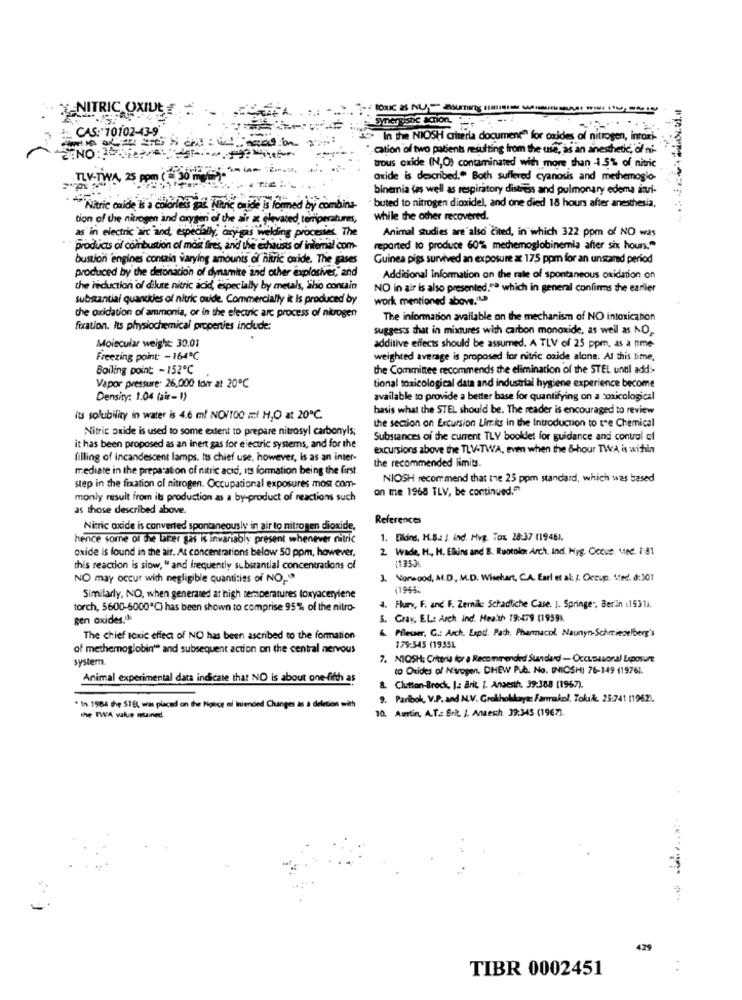
NITRIC OXIDE
CAS: 70102-43-9
Synergisbe acion.
C. In the NIOSH criteria document" for oxides of nitrogen, intaxi-
cation of two patients resulting from the use, as an anesthetic, of ni-
trous oxide (N,O) contaminated with more than 1.5% of, nitric
.TLV-TWA, 25 ppm ( SOGAR
oxide is described." Both suffered cyanosis and methemoglo-
binemia (as well as respiratory distress and pulmonary edema ini-
** Nitric oxide Is a colorless gas Finne Grid
tric oride is formed by combina-
buted to nitrogen dioxidel, and one died 18 hours after anesthesia,
tion of the nitrogen and oxygen of the air at elevated temperatures,
while the other recovered.
as in electric art and, especially, cry gas welding processes. The
Animal studies are'also cited, in which 322 ppm of NO was
products of combustion of most fires, and the exhausts of intemal com-
reported to produce 60% methemoglobinemia after six hours."
bustion engines contain varying amounts of nitric oxide. The gases
Guinea pigs survived an exposure at 175 ppm for an unstared period
produced by the detonation of dynamite and other explosives, and
Additional Information on the rate of spontaneous oxidation on
the reduction of dilute nitric acid, especially by metals, liho contain
NO in air is also presented."ª which in general confirms the earlier
substantial quandties of nitric oxide. Commercially it Is produced by
work mentioned above."La
the oxidation of ammonia, or in the electric arc process of nitrogen
The information available on the mechanism of NO intoxication
fixation. Its physiochemical properties include:
suggests that in mixtures with carbon monoxide, as well as NO ,.
Molecular weight: 30.01
additive effects should be assumed. A TLV of 25 ppm, as a time-
Freezing point -164℃
weighted average is proposed for nitric oxide alone. At this time,
Boiling point: - 152℃
the Committee recommends the elimination of the STEL until add-
Vapor pressure: 26,000 torr at 20℃
tional toxicological data and industrial hygiene experience become
Density: 1.04 (air-1)
available to provide a better base for quantifying on a toxicological
basis what the STEL should be. The reader is encouraged to review
its solubility in water is 4.6 ml NO/100 ml H,O at 20℃.
Nitric oxide is used to some extent to prepare nitrosyl carbonyls;
the section on Excursion Limits in the Introduction to the Chemical
Substances of the current TLY bookdet for guidance and conval cf
it has been proposed as an inert gas for electric systems, and for the
excursions above the TLV-TWA, even when the 8-hour TWA is within
filling of incandescent lamps. his chief use, however, is as an inter-
the recommended limits.
mediate in the preparation of nitric acid, its formation being the first
NIOSH recommend that the 25 ppm standard, which was based
step in the fixation ol nitrogen. Occupational exposures most com-
on the 1968 TLV, be continued."
monly risult from its production as a by-product of reactions such
as those described above
References
Nitric oxide is converted spontaneously in air to nitrogen dioxide,
hence some of the later gas is invariably present whenever nitric
1. Elding, H.B .: ) ind. Hvg. Tax 28:37 (19461.
oxide is found in the air. At concentrations below 50 ppm, however,
2 Wade, H ., H. Elkins and B. Ruotolo: Arch. Ind. Hyg. Occuc. Med. 1:81
(1353
this reaction is slow, " and frequently substantial concentrations of
NO may occur with negligible quantities of NO ...
.Nonwood, M.D ., M.D. Wisehart, CA. Earl et al: j. Ccup. Ved. 8:301
11945.
Similarly, NO, when generated at high temperatures foxyacerylene
torch, 5600-6000"℃) has been shown to comprise 95% of the nitro-
. Flury, F. and F. Zernike Schadliche Case. J. Springer, Ber'in :1931).
gen oxides.ª
5. Gray, EL: Arch. ind. Health 19:479 (19591.
Pilesser, G .: Arch. Expt. Patch. Pharmacol. Naunyn-Schmiedelberg's
The chief toxic effect of NO has been ascribed to the formation
of methemoglobin" and subsequent action on the central nervous
179:545 (19351
system.
7. NIOSH: Criteria for a Recommended Standard - Occupasoral Exposure
co Oxides of N'wegen. CHEW P.b. No. (NIOSH) 76-149 11976).
Animal experimental data indicate that NO is about one-fifth as
& Clutton-Brock, I: Brit. [. Anaesth. 39:388 (1957).
9. Paribok, V.P. and N.V. Groltholikayaz Farmako !. Tokak. 25:741 (1962).
* In 1984 the 518, was placed on the Notice of intended Changes as a deletion with
10. Austin, A.T .: Brit. J. Anaesch. 39:345 (1967).
the TWA value stained.
429
TIBR 0002451
: